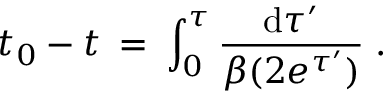
t _ { 0 } - t \: = \: \int _ { 0 } ^ { \tau } \frac { \mathrm { d } \tau ^ { \prime } } { \beta ( 2 e ^ { \tau ^ { \prime } } ) } \; .